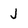
Character: J